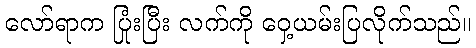
လော်ရာက ပြုံးပြီး လက်ကို ဝှေ့ယမ်းပြလိုက်သည်။